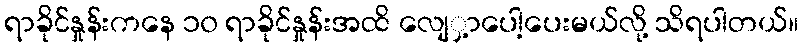
ရာခိုင်နှုန်းကနေ ၁၀ ရာခိုင်နှုန်းအထိ လျေှ့ာပေါ့ပေးမယ်လို့ သိရပါတယ်။